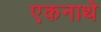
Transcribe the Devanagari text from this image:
एकनाथे